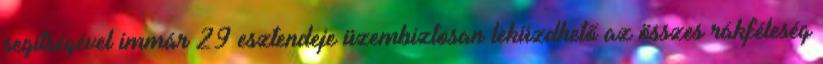
segítségével immár 29 esztendeje üzembiztosan leküzdhető az összes rákféleség